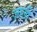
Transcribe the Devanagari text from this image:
ज़ाली